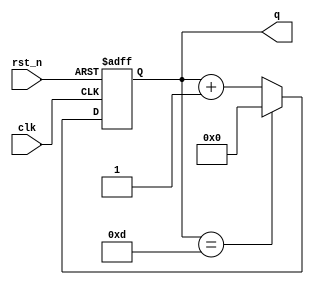

 module counter(
                output [3:0]  q,
                input clk,
                input rst_n 
            );
    reg [3:0] q_r;

    always @(negedge rst_n or posedge clk)
    begin
        if(rst_n==1'b0) 
            q_r<=4'd0;
        else if(q_r==4'd13) 
            q_r<=4'd0; 
        else q_r<=(q_r+1);
    end

    assign q=q_r;

endmodule